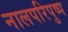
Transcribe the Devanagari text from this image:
नालपरिपुष्प